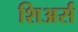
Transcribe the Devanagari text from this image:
शिअर्स